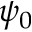
\psi _ { 0 }